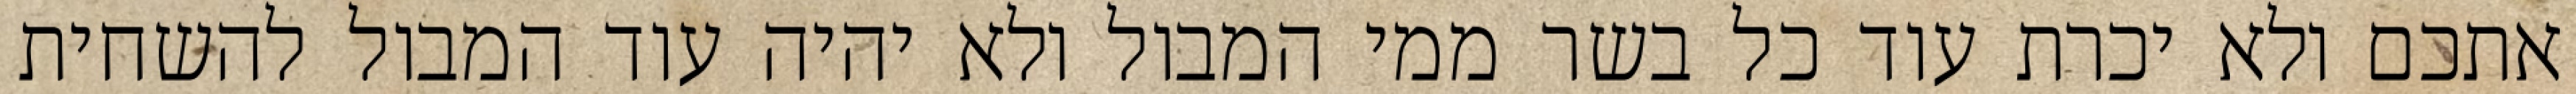
אתכם ולא יכרת עוד כל בשר ממי המבול ולא יהיה עוד המבול להשחית